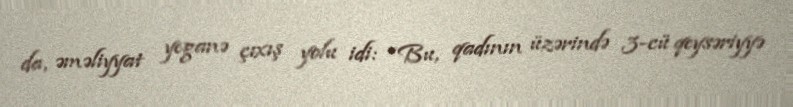
da, əməliyyat yeganə çıxış yolu idi: “Bu, qadının üzərində 3-cü qeysəriyyə